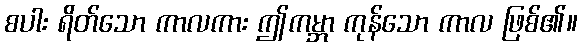
စပါး ရိတ်သော ကာလကား ဤကမ္ဘာ ကုန်သော ကာလ ဖြစ်၏။